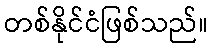
တစ်နိုင်ငံဖြစ်သည်။